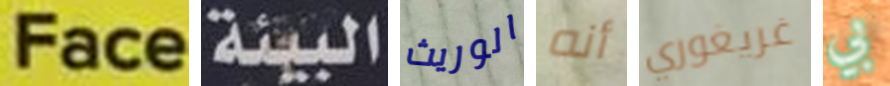
Face البيئة الوريث أنه غريغوري بي